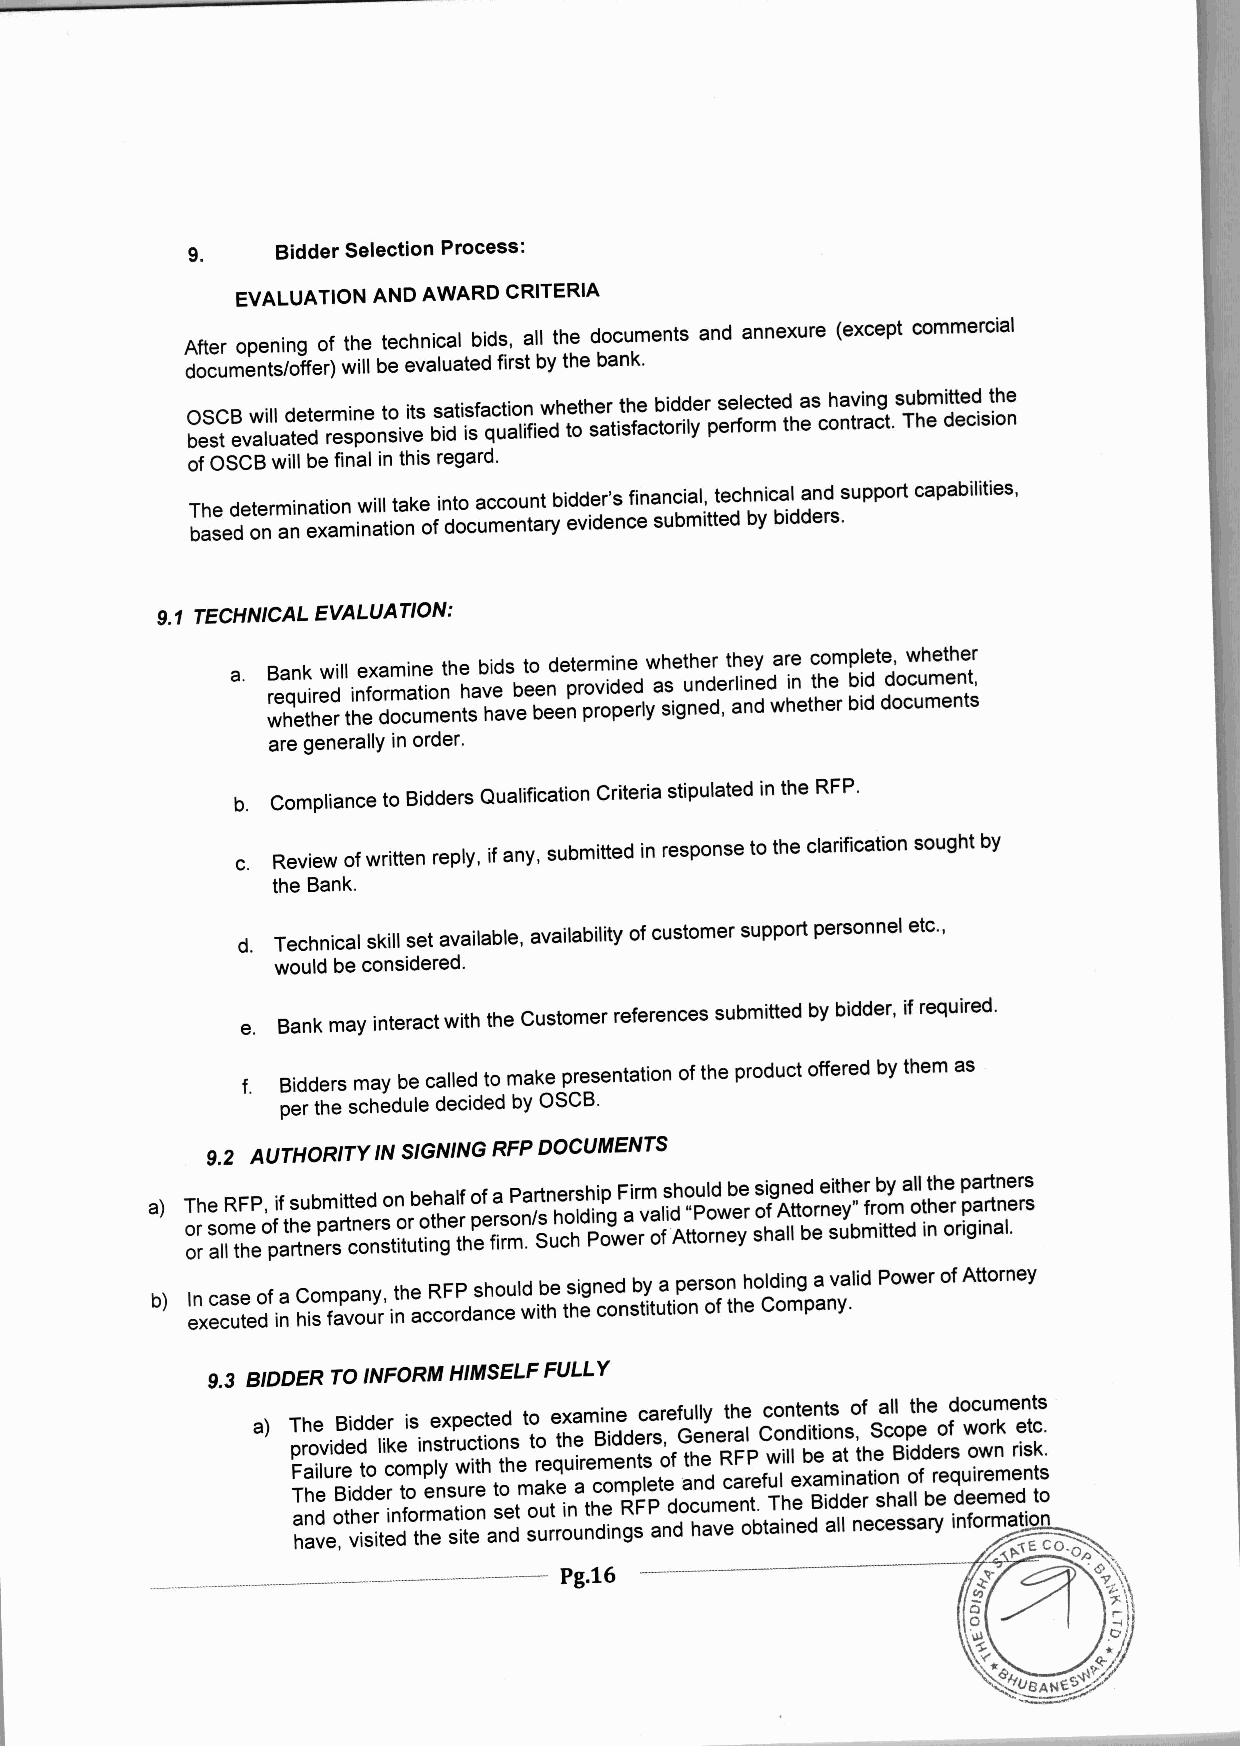
9.    BidderSelectionProcess:
 EVALUATION AND AWARD CRITERIA
 After opening of the technical bids, all the documentsand annexure (except commercial
 documents/offer)will beevaluatedfirstbythebank.
 OSCBwill determineto itssatisfactionwhetherthe bidderselectedas havingsubmittedthe
 bestevaluatedresponsivebidisqualifiedtosatisfactorilyperformthe contract.Thedecision
 ofOSCBwill befinalinthisregard.
 Thedeterminationwilltakeintoaccountbidder'sfinancial,technicalandsupportcapabilities,
 basedonanexaminationofdocumentaryevidencesubmittedbybidders.
 9.1 TECHNICALEVALUATlON:
 a. Bankwill examinethe bids to determinewhetherthey are complete,whether
 required informationhave been providedas underlinedin the bid document,
 whetherthedocumentshavebeenproperlysigned,andwhetherbiddocuments
 aregenerallyinorder.
 b. Complianceto BiddersQualificationCriteriastipulatedintheRFP.
 c. Reviewofwrittenreply,ifany,submittedinresponsetotheclarificationsoughtby
 theBank.
 d. Technicalskillsetavailable,availabilityofcustomersupportpersonneletc.,
 wouldbeconsidered.
 e. BankmayinteractwiththeCustomerreferencessubmittedbybidder,ifrequired.
 f. Biddersmaybecalledtomakepresentationoftheproductofferedbythemas
 perthescheduledecidedbyOSCB.
 9.2 AUTHORITYINSIGNINGRFPDOCUMENTS
 a) TheRFP,ifsubmittedonbehalfofaPartnershipFirmshouldbesignedeitherbyallthepartners
 orsomeofthepartnersorotherperson/sholdingavalid"PowerofAttorney"fromotherpartners
 orallthepartnersconstitutingthefirm.SuchPowerofAttorneyshallbesubmittedinoriginal.
 b) IncaseofaCompany,theRFPshouldbesignedbyapersonholdingavalidPowerofAttorney
 executedinhisfavourinaccordancewiththeconstitutionoftheCompany.
 9.3 BIDDER TOINFORMHIMSELFFULLY